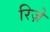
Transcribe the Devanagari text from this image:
रिज़े